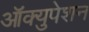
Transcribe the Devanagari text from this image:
ऑक्युपेशन